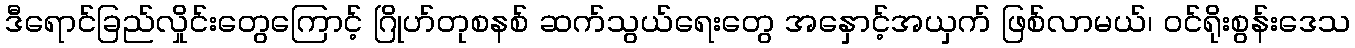
ဒီရောင်ခြည်လှိုင်းတွေကြောင့် ဂြိုဟ်တုစနစ် ဆက်သွယ်ရေးတွေ အနှောင့်အယှက် ဖြစ်လာမယ်၊ ဝင်ရိုးစွန်းဒေသ